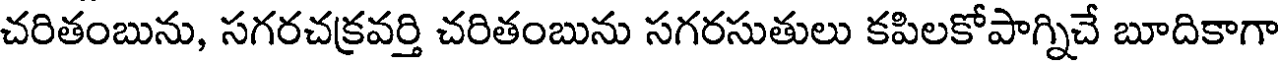
చరితంబును, సగరచక్రవర్తి చరితంబును సగరసుతులు కపిలకోపాగ్నిచే బూదికాగా